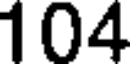
104